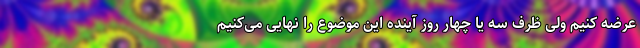
عرضه کنیم ولی ظرف سه یا چهار روز آینده این موضوع را نهایی می‌کنیم